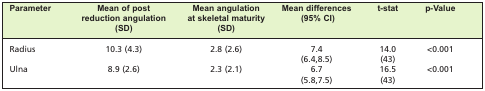
| Parameter | Mean of post reduction angulation (SD) | Mean angulation at skeletal maturity (SD) | Mean differences (95% CI) | t-stat | p-Value |
 | --- | --- | --- | --- | --- | --- |
 | Radius | 10.3 (4.3) | 2.8 (2.6) | 7.4 | 14.0 | <0.001 |
 |  |  |  | (6.4,8.5) | (43) |  |
 | Ulna | 8.9 (2.6) | 2.3 (2.1) | 6.7 | 16.5 | <0.001 |
 |  |  |  | (5.8,7.5) | (43) |  |